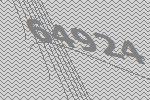
64924